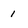
Character: i